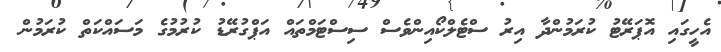
އެހީގައި އޮޕަރޭޓު ކުރަމުންދާ އިރު ސްޓެލްކޯއިންވެސް ސިސްޓަމްތައް އަޕްގުރޭޑު ކުރުމުގެ މަސައްކަތް ކުރަމުން